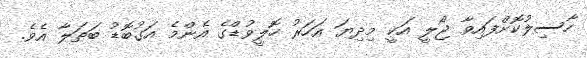
ހާސިލުކޮށްފައިވާ ޖޯލީ އަކީ މިދިޔަ އަހަރު ހޮލީވުޑްގެ އެންމެ އަގުބޮޑު ބަތަލާ އެވެ.